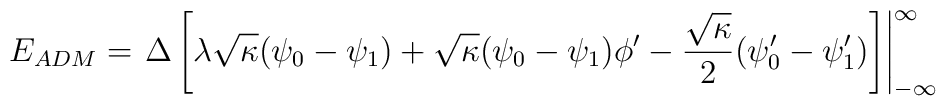
E_{ADM}=\left.{\Delta}\left[{\lambda}\sqrt{\kappa}({\psi}_0-{\psi}_1)        +\sqrt{\kappa}        ({\psi}_0-{\psi}_1){\phi}^{\prime}-\frac{\sqrt{\kappa}}{2}({\psi}_0        ^{\prime}-{\psi}_1^{\prime})\right]\right|^{\infty}_{-\infty}